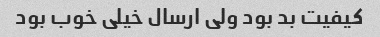
کیفیت بد بود ولی ارسال خیلی خوب بود